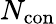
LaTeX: N_{\mathrm{con}}